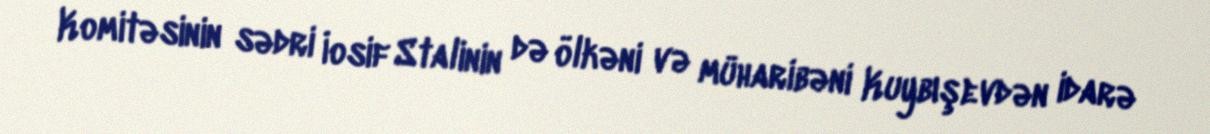
Komitəsinin sədri İosif Stalinin də ölkəni və müharibəni Kuybışevdən idarə